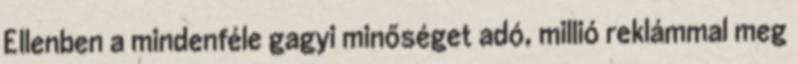
Ellenben a mindenféle gagyi minőséget adó, millió reklámmal meg